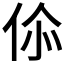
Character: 𬽿